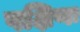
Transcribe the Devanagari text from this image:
पक्षिणः